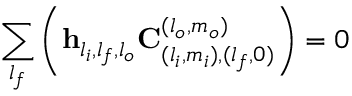
\sum _ { l _ { f } } \left( \mathbf { h } _ { l _ { i } , l _ { f } , l _ { o } } \mathbf { C } _ { ( l _ { i } , m _ { i } ) , ( l _ { f } , 0 ) } ^ { ( l _ { o } , m _ { o } ) } \right) = 0